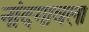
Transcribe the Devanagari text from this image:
नांदगावला